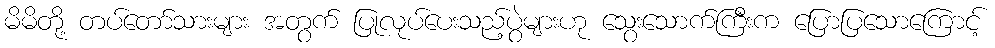
မိမိတို့ တပ်တော်သားများ အတွက် ပြုလုပ်ပေးသည့်ပွဲများဟု သွေးသောက်ကြီးက ပြောပြသောကြောင့်